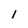
Character: 1